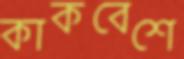
কাকবেশে